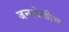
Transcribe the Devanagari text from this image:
जन्मवेळीच